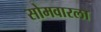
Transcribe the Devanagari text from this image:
सोमवारला